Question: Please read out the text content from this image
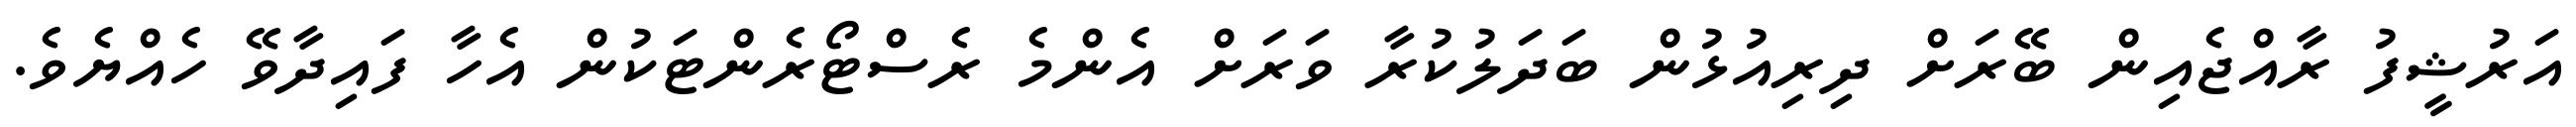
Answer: އަރުޝީފު ރާއްޖެއިން ބޭރަށް ދިރިއުޅުން ބަދަލުކުރާ ވަރަށް އެންމެ ރެސްޓޯރެންޓަކުން އެހާ ފައިދާވޭ ހެއްޔެވެ.